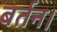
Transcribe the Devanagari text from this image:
बर्तन।